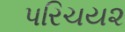
પરિચય૨